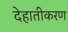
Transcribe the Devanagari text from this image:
देहातीकरण